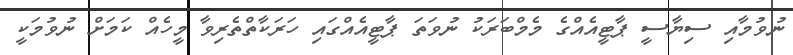
ނުވުމާއި ސިޔާސީ ޕާޓީއެއްގެ މެމްބަރަކު ނުވަތަ ޕާޓީއެއްގައި ހަރަކާތްތެރިވާ މީހެއް ކަމަށް ނުވުމަކީ